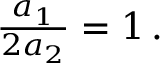
\begin{array} { r } { \frac { a _ { 1 } } { 2 a _ { 2 } } = 1 \, . } \end{array}